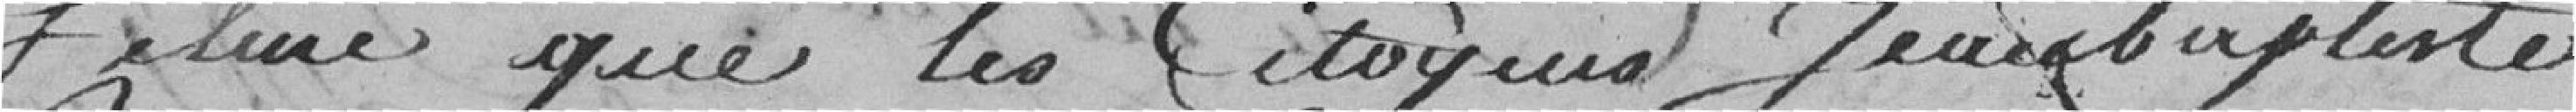
Felmé que les citoyens Jean Baptiste